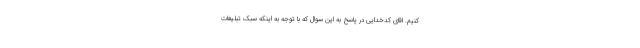
کنیم. اقای کدخدایی در پاسخ به این سوال که با توجه به اینکه سبک تبلیغات